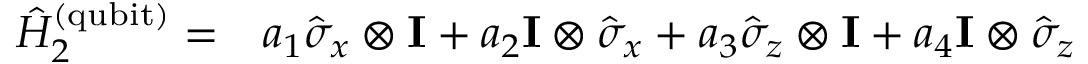
\begin{array} { r l } { \hat { H } _ { 2 } ^ { \mathrm { ( q u b i t ) } } = } & { { } a _ { 1 } \hat { \sigma } _ { x } \otimes \mathbf { I } + a _ { 2 } \mathbf { I } \otimes \hat { \sigma } _ { x } + a _ { 3 } \hat { \sigma } _ { z } \otimes \mathbf { I } + a _ { 4 } \mathbf { I } \otimes \hat { \sigma } _ { z } } \end{array}